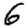
Digit: 6